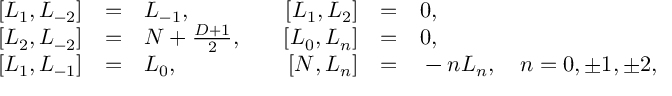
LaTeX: \begin{array} { r c l r c l } { { \left[ L _ { 1 } , L _ { - 2 } \right] } } & { { = } } & { { L _ { - 1 } , } } & { { \quad \left[ L _ { 1 } , L _ { 2 } \right] } } & { { = } } & { { 0 , } } \\ { { \left[ L _ { 2 } , L _ { - 2 } \right] } } & { { = } } & { { N + \frac { D + 1 } { 2 } , } } & { { \quad \left[ L _ { 0 } , L _ { n } \right] } } & { { = } } & { { 0 , } } \\ { { \left[ L _ { 1 } , L _ { - 1 } \right] } } & { { = } } & { { L _ { 0 } , } } & { { \quad \left[ N , L _ { n } \right] } } & { { = } } & { { { } - n L _ { n } , \quad n = 0 , \pm 1 , \pm 2 , } } \end{array}